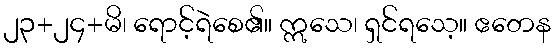
၂၃+၂၄+မိ၊ ရောင့်ရဲစေ၏။ ဣသေ၊ ရှင်ရသေ့။ ဧတေန